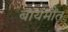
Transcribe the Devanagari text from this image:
बायमौंत